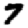
Digit: 7